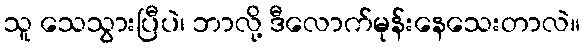
သူ သေသွားပြီပဲ၊ ဘာလို့ ဒီလောက်မုန်းနေသေးတာလဲ။